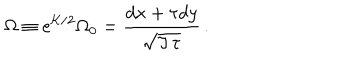
LaTeX: \Omega \equiv e ^ { { \cal K } / 2 } \Omega _ { 0 } = { \frac { d x + \tau d y } { \sqrt { \Im \, \tau } } } \, .